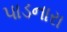
પાડનારા